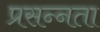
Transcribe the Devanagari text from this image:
प्रसन्‍नता